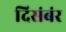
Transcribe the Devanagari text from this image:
दिसंबंर